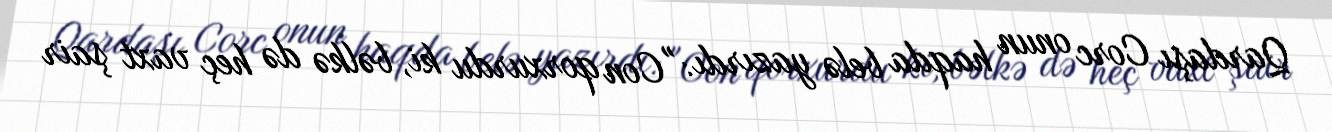
Qardaşı Corc onun haqda belə yazırdı: "Con qorxurdu ki, bəlkə də heç vaxt şair